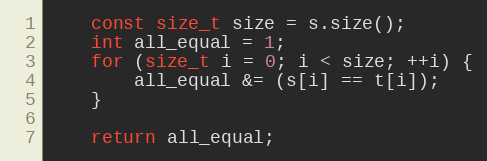
Language: C++
    const size_t size = s.size();
    int all_equal = 1;
    for (size_t i = 0; i < size; ++i) {
        all_equal &= (s[i] == t[i]);
    }

    return all_equal;